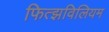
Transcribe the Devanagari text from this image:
फित्झविलियम